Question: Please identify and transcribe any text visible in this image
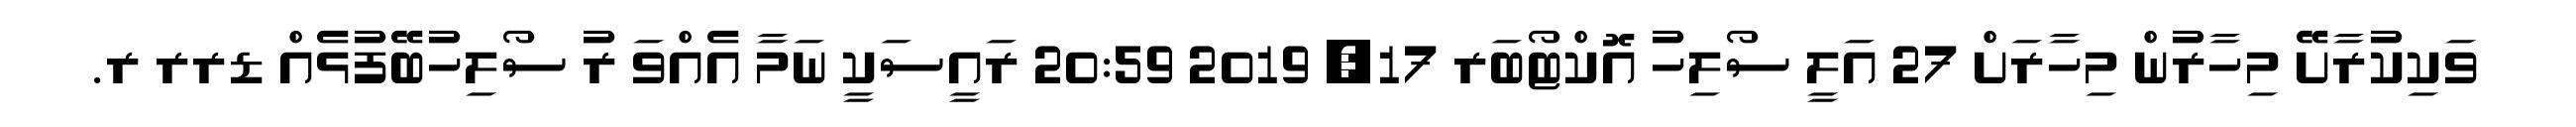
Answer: ވަކިކުރާށޭ މިހާރުން މިހާރަށް 27 އަލީ ސޯލިހު އޮކްޓޯބަރ 17, 2019 20:59 ރައީސަކީ ނަމާ އެއްވަ ރު ސޯލިހުބޭފުޅެއް ޑރރ ރ.